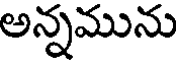
అన్నమును